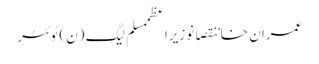
عمران خاننقصانوزیراعظممسلم لیگ (ن)ٹوئٹر